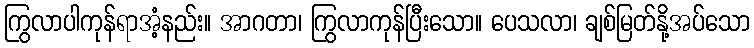
ကြွလာပါကုန်ရာအံ့နည်း။ အာဂတာ၊ ကြွလာကုန်ပြီးသော။ ပေသလာ၊ ချစ်မြတ်နို့အပ်သော